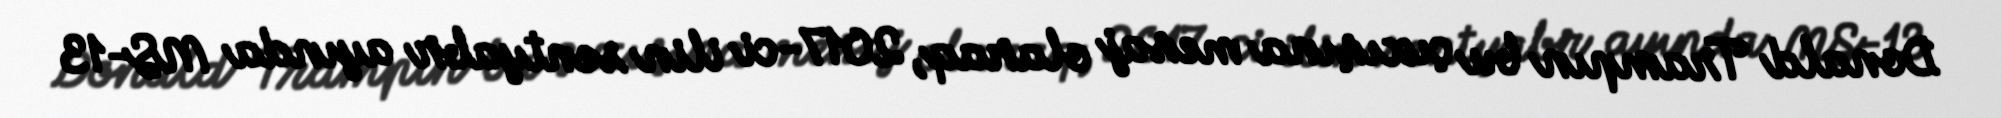
Donald Trampın bu çıxışına mesaj olaraq, 2017-ci ilin sentyabr ayında MS-13